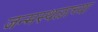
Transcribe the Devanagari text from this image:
जन्मस्थळाच्या